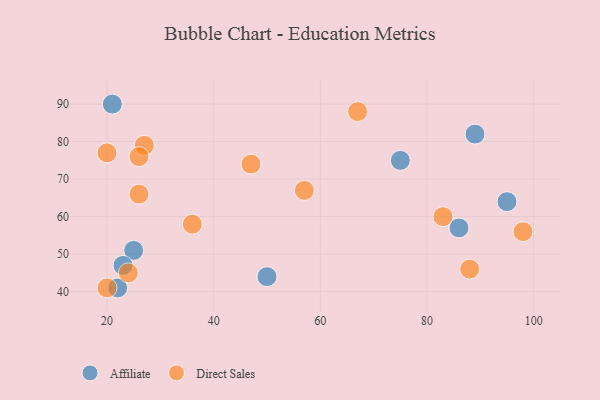
{"axis": {"x": "GDP", "y": "Life Expectancy"}, "legend": ["Affiliate", "Direct Sales"], "data": [{"x": "25", "y": 51, "type": "Affiliate"}, {"x": "23", "y": 47, "type": "Affiliate"}, {"x": "75", "y": 75, "type": "Affiliate"}, {"x": "86", "y": 57, "type": "Affiliate"}, {"x": "89", "y": 82, "type": "Affiliate"}, {"x": "22", "y": 41, "type": "Affiliate"}, {"x": "95", "y": 64, "type": "Affiliate"}, {"x": "50", "y": 44, "type": "Affiliate"}, {"x": "21", "y": 90, "type": "Affiliate"}, {"x": "20", "y": 77, "type": "Direct Sales"}, {"x": "24", "y": 45, "type": "Direct Sales"}, {"x": "26", "y": 66, "type": "Direct Sales"}, {"x": "57", "y": 67, "type": "Direct Sales"}, {"x": "27", "y": 79, "type": "Direct Sales"}, {"x": "88", "y": 46, "type": "Direct Sales"}, {"x": "47", "y": 74, "type": "Direct Sales"}, {"x": "83", "y": 60, "type": "Direct Sales"}, {"x": "36", "y": 58, "type": "Direct Sales"}, {"x": "98", "y": 56, "type": "Direct Sales"}, {"x": "67", "y": 88, "type": "Direct Sales"}, {"x": "26", "y": 76, "type": "Direct Sales"}, {"x": "20", "y": 41, "type": "Direct Sales"}]}